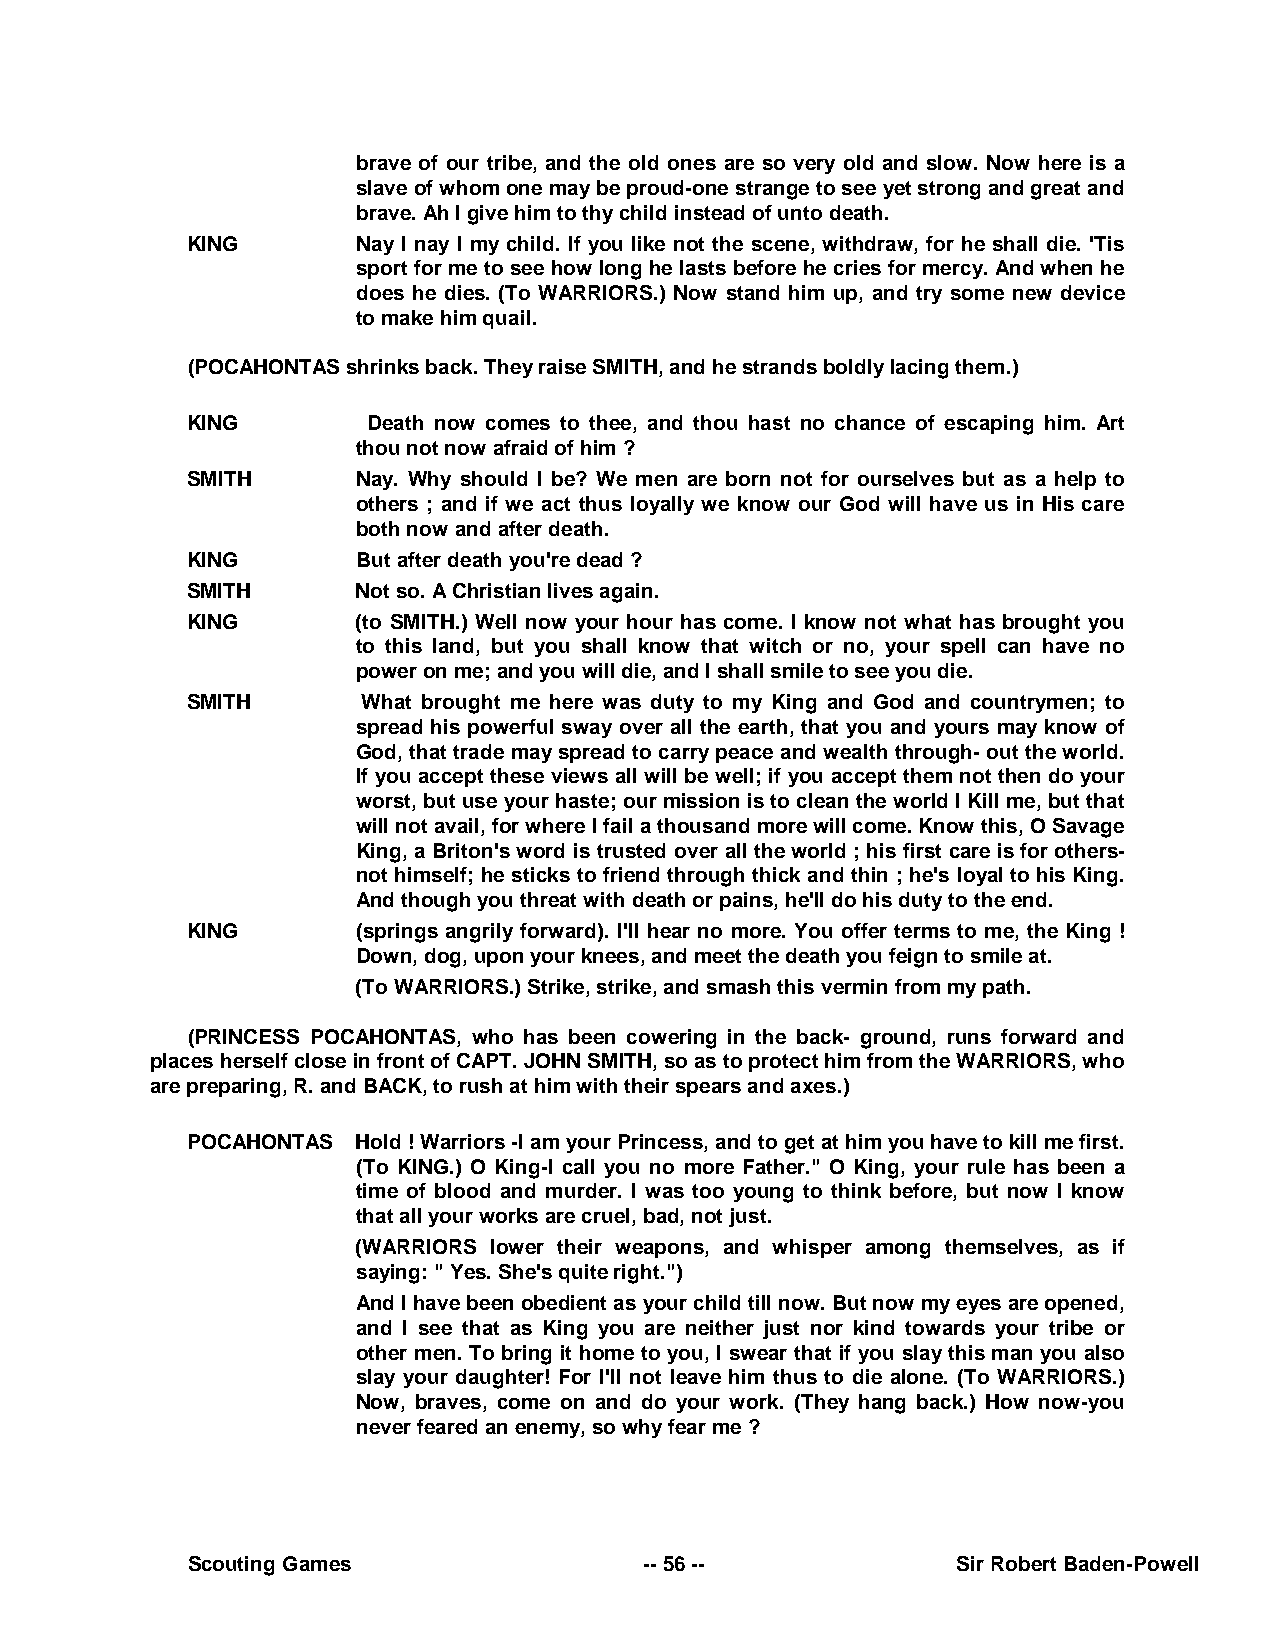
brave of our tribe, and the old ones are so very old and slow. Now here is a
 slave of whom one may be proud-one strange to see yet strong and great and
 brave. Ah I give him to thy child instead of unto death.
 KING        Nay I nay I my child. If you like not the scene, withdraw, for he shall die. 'Tis
 sport for me to see how long he lasts before he cries for mercy. And when he
 does he dies. (To WARRIORS.) Now stand him up, and try some new device
 to make him quail.
 (POCAHONTAS shrinks back. They raise SMITH, and he strands boldly lacing them.)
 KING        Death now comes to thee, and thou hast no chance of escaping him. Art
 thou not now afraid of him ?
 SMITH       Nay. Why should I be? We men are born not for ourselves but as a help to
 others ; and if we act thus loyally we know our God will have us in His care
 both now and after death.
 KING        But after death you're dead ?
 SMITH       Not so. A Christian lives again.
 KING        (to SMITH.) Well now your hour has come. I know not what has brought you
 to this land, but you shall know that witch or no, your spell can have no
 power on me; and you will die, and I shall smile to see you die.
 SMITH       What brought me here was duty to my King and God and countrymen; to
 spread his powerful sway over all the earth, that you and yours may know of
 God, that trade may spread to carry peace and wealth through- out the world.
 If you accept these views all will be well; if you accept them not then do your
 worst, but use your haste; our mission is to clean the world I Kill me, but that
 will not avail, for where I fail a thousand more will come. Know this, O Savage
 King, a Briton's word is trusted over all the world ; his first care is for others-
 not himself; he sticks to friend through thick and thin ; he's loyal to his King.
 And though you threat with death or pains, he'll do his duty to the end.
 KING        (springs angrily forward). I'll hear no more. You offer terms to me, the King !
 Down, dog, upon your knees, and meet the death you feign to smile at.
 (To WARRIORS.) Strike, strike, and smash this vermin from my path.
 (PRINCESS POCAHONTAS, who has been cowering in the back- ground, runs forward and
 places herself close in front of CAPT. JOHN SMITH, so as to protect him from the WARRIORS, who
 are preparing, R. and BACK, to rush at him with their spears and axes.)
 POCAHONTAS  Hold ! Warriors -I am your Princess, and to get at him you have to kill me first.
 (To KING.) O King-I call you no more Father." O King, your rule has been a
 time of blood and murder. I was too young to think before, but now I know
 that all your works are cruel, bad, not just.
 (WARRIORS lower their weapons, and whisper among themselves, as if
 saying: " Yes. She's quite right.")
 And I have been obedient as your child till now. But now my eyes are opened,
 and I see that as King you are neither just nor kind towards your tribe or
 other men. To bring it home to you, I swear that if you slay this man you also
 slay your daughter! For I'll not leave him thus to die alone. (To WARRIORS.)
 Now, braves, come on and do your work. (They hang back.) How now-you
 never feared an enemy, so why fear me ?
 Scouting Games                 -- 56 --            Sir Robert Baden-Powell